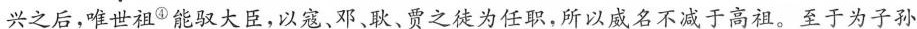
兴之后，唯世祖^{④}能驭大臣，以寇，邓，耿、贾之旋为任职，所以威名不减于高祖。至于为子孙